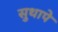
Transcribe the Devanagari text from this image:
सुथापे